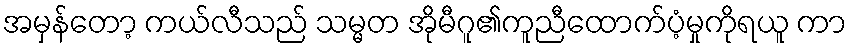
အမှန်တော့ ကယ်လီသည် သမ္မတ အိုမီဂူ၏ကူညီထောက်ပံ့မှုကိုရယူ ကာ